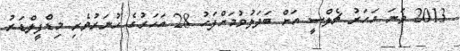
2013 ވަނަ އަހަރު ޗެލްސީ އަށް ބަދަލުވުމަށްފަހު 28 އަހަރުގެ ހުނަަރުވެރި މިޑްފީލްޑަރު